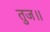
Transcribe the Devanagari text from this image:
तुज॥